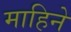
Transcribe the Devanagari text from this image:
माहिने